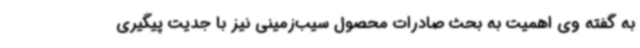
به گفته وی اهمیت به بحث صادرات محصول سیب‌زمینی نیز با جدیت پیگیری